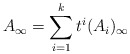
\begin{align*}A_{\infty} = \sum_{i=1}^k t^i(A_i)_{\infty}\end{align*}